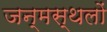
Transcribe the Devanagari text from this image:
जन्मस्थलों